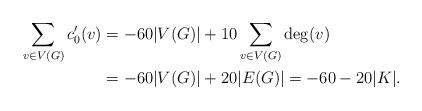
LaTeX: \begin{align*} \sum_{v\in V(G)} c'_0(v)&=-60|V(G)|+10\sum_{v\in V(G)} \deg(v)\\&=-60|V(G)|+20|E(G)|=-60-20|K|. \end{align*}